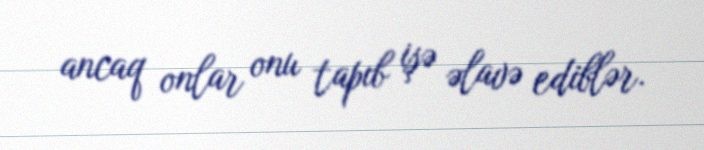
ancaq onlar onu tapıb işə əlavə ediblər.